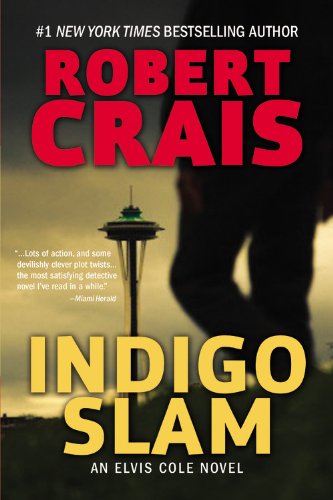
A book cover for Indigo Slam: An Elvis Cole Novel; Robert Crais; Mystery, Thriller & Suspense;